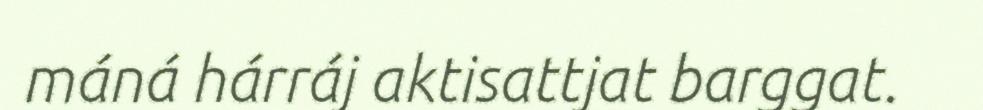
máná hárráj aktisattjat barggat.